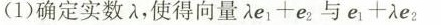
（1）确定实数 λ,使得向量 $$λ e _ { 1 } + e_{ 2 }$$与$$e_ { 1 } + λ e _ { 2 }$$